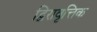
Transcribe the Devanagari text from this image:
द्विरावृत्तिक